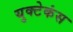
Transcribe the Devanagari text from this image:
युक्टेकंस